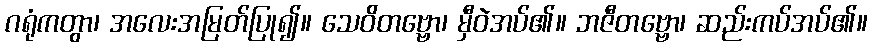
ဂရုံကတွာ၊ အလေးအမြတ်ပြု၍။ သေဝိတဗ္ဗော၊ မှီဝဲအပ်၏။ ဘဇီတဗ္ဗော၊ ဆည်းကပ်အပ်၏။